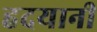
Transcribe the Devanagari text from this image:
हदयानी